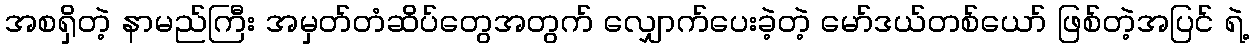
အစရှိတဲ့ နာမည်ကြီး အမှတ်တံဆိပ်တွေအတွက် လျှောက်ပေးခဲ့တဲ့ မော်ဒယ်တစ်ယော် ဖြစ်တဲ့အပြင် ရဲ့